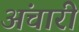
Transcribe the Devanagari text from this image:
अंचारी